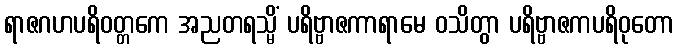
ရာဇဂဟပရိဝတ္တကေ အညတရသ္မိံ ပရိဗ္ဗာဇကာရာမေ ဝသိတွာ ပရိဗ္ဗာဇကပရိဝုတော